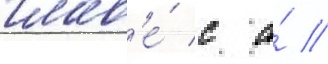
глав'е́ с а́ //